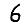
Digit: 6